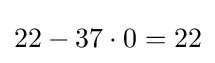
22-37\cdot 0=22